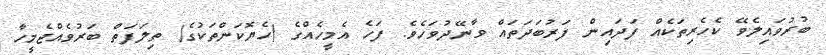
ބުރުވައިލެވޭ ކެހެރިތަކެއް ފަދައިން ފަރުބަދަތައް ވާނޭދުވަހެވެ. ފަހެ އެމީހެއްގެ (ހެޔޮކަންތަކުގެ) ތިލަފަތް ބަރުވެއްޖެމީހާ